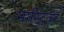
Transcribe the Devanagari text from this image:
मास्ट्रिक्ट